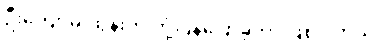
ဦးကျော်မိုးထွန်းက တုံ့ပြန်ပြောခဲ့တာ ဖြစ်ပါတယ်။